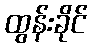
ထွန်းခိုင်